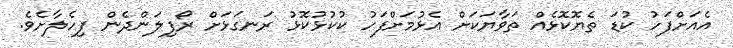
އެއަށްފަހު ކުޑަ ތެޔޮކޮޅެއް ތަވާޔަކަށް އެޅުމަށްފަހު ކުކުޅުކޮޅު ރަނގަޅަށް ރޯފިލަންދެން ފިހެލާށެވެ.